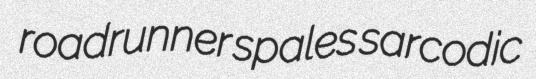
roadrunner spales sarcodic